Report on sanitation, dispensaries, and jails in Rajputana for 1912, and on vaccination for the year 1912-1913 - 1912-1913
Year: 1912
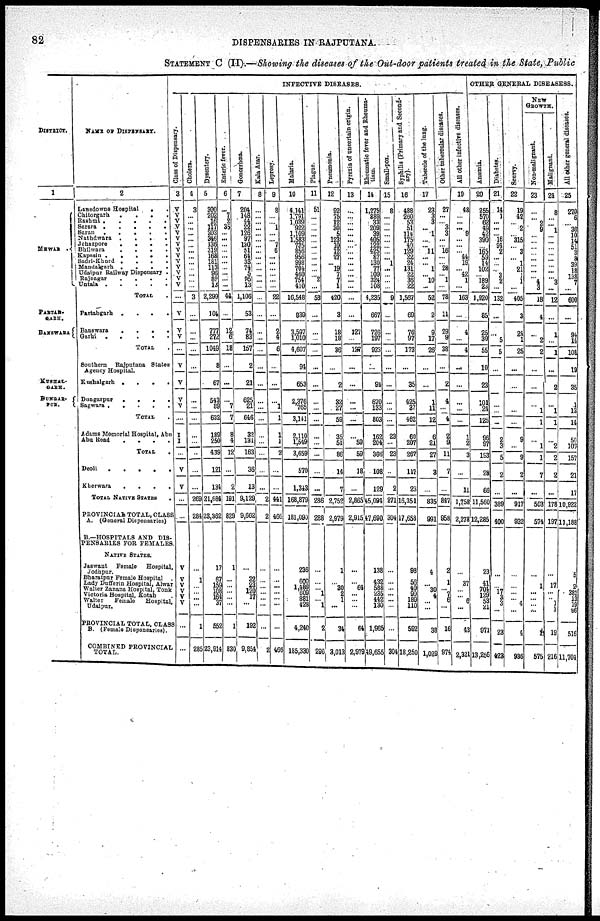
82
DISPENSARIES IN RAJPUTANA.
STATEMENT C (II).—Showing the diseases of the Out-door patients treated in the State, Public
DISTRICT.
1
MEWAR
PARTAB¬
GARH.
BANSWARA
KUSHAL¬
GARH.
DUNGAR¬
PUR.
NAME OF DISPENSARY.
2
Lensdowne Hospital
. .
Chitorgarh. .
.
.
.
Rashmi .
.
.
.
.
Sarara
.
.
.
.
.
Sarau .
.
.
.
.
Nathdwara .
.
.
.
Jehazpore
.
.
.
.
Bhilwara
.
.
.
.
Kapasin .
.
.
.
.
Sadri-Khurd .
.
.
.
Mandalgarh .
.
.
.
Udaipur Railway Dispensary .
Rajnagar
.
.
.
.
Untala
.
.
.
.
.
TOTAL .
Partabgarh .
.
.
.
Banswara
.
.
.
.
Garhi
.
.
.
.
.
TOTAL .
Southern Rajputana States
Agency Hospital.
Kushalgarh .
.
.
.
Dungarpur
.
.
.
.
Sagwara
.
.
.
.
.
TOTAL .
Adams Memorial Hospital, Abu
Abu Road . . . .
TOTAL
.
Deoli
.
.
.
.
.
Kherwara
.
.
.
.
TOTAL NATIVE STATES .
PROVINCIAL TOTAL, CLASS
A. (General Dispensaries)
B.—HOSPITALS AND DIS-
PENSARIES FOR FEMALES.
NATIVE STATES.
Jaswant Famale
Hospital,
Jodhpur.
Bharatpur Female Hospital .
Lady Dufferin Hospital, Alwar
Walter Zanana Hospital, Tonk
Victoria Hospital, Kotah .
Walter
Female
Hospital,
Udaipur.
PROVINCIAL TOTAL, CLASS
B. (Female Dispensaries).
COMBINED PROVINCIAL
TOTAL.
INFECTIVE DISEASES.
Class of Dispensary.
3
V
V
V
V
V
V
V
V
V
V
V
V
V
V
...
V
V
V
...
V
V
V
V
...
I
I
...
V
V
...
...
V
V
V
V
V
V
...
...
Cholera.
4
3
...
...
...
...
...
...
...
...
...
...
...
...
...
3
...
...
...
...
...
...
...
...
...
...
...
...
...
...
269
284
...
1
...
...
...
...
1
285
Dysentery.
5
300
202
16
117
203
346
136
319 168
161 113
96
89
13
2,299
104
777
272
1049
8
67
543
89
632
189
250
439
121
134
21,684
23,362
17
67
159
108
164
37
552
23,914
Enteric fever.
6
...
7
2
35
...
... ...
...
...
...
...
...
...
...
44
...
12 6
18
...
...
...
7
7
8
4
12
...
2
191
829
1
...
...
...
...
...
1
830
Gonorrhœa.
7
204
148
44
22
126
97
130
51
64
33
74
5
95
13
1,106
53
74
83
157
2
21
625
21
646
32
131
163
36
13
9,129
9,662
...
32
23
120
17
...
192
9,854
Kala Azar.
8
...
...
...
...
...
...
...
...
...
...
... ...
...
...
...
...
...
...
...
...
...
...
...
...
...
...
...
...
...
2
2
...
...
...
...
...
...
...
2
Leprosy.
9
8
...
1
...
...
7
6
...
...
...
...
...
...
22
...
2
4
6
...
...
...
1
1
1
1
2
...
...
441
466
...
...
...
...
...
...
...
466
Malaria.
10
4,141
1,791
1,039
922
1,109
1,583
735
856
956
998
704
460
754
410
16,548
839
3,597
1,010
4,607
94
653
2,376
765
3,141
2,110
1,549
3,659
570
1,343
168,879
181,090
236
600
1,486
609
881
428
4,240
185,330
Plague.
11
51
...
...
...
...
...
...
...
...
...
...
...
2
...
53
...
...
...
...
...
...
...
...
...
...
...
...
...
...
286
288
...
...
...
1
...
1
2
290
Pneumonia.
12
92
75
12
30
5
123 10
12
27
...
19
7
7
1
420
3
18
18
36
...
2
32
27
59
35
51
86
14
7
2,752
2,979
1
...
30
2
1
...
34
3,013
Pyrexia of uncertain origin.
13
...
...
...
...
...
...
...
...
...
...
...
...
...
...
...
...
127
...
127
...
...
...
...
...
...
59
59
18
...
2,865
2,915
...
...
64
...
...
64
2,979
Rheumatic fever and Rheuma-
tism.
14
1,275
889
33
209 39
405
122
425
87
130
77
109
324
108
4,235
667
726
197
923
...
94
670
133
803
162
204
366
108
129
45,094
47,690
138
432
588
235
442
130
1,965
49,655
Small-pox.
15
8
...
...
...
...
...
...
...
...
1
...
...
...
...
9
...
...
...
...
...
...
...
...
...
23
...
23
...
2
271
304
...
...
...
...
...
...
...
304
Syphilis (Primary and Second-
ary).
16
488
260
53
51
114
175
40
129
22
24
131
22
36
22
1,567
69
76
97
173
...
35
425
37
462
60
207
287
117
23
16,351
17,658
98
56
40
99
189
110
592
18,250
Tubercle of the lung.
17
23
3
3
... 1
...
... 11
...
... 1
... 10
...
52
2
9
17
26
...
...
1
11
12
6
21
27
3
...
835
891
4
...
30
4
...
...
38
1,029
Other tubercular diseases.
27
...
...
3
3
...
...
16
...
...
28
...
1
...
78
11
29
9
38
...
2
4
...
4
2
9
11
7
...
847
858
2
1
...
7
6
...
16
974
All other infective diseases.
19
48
...
...
... 9
...
...
...
44
19
...
42
1
...
163
...
4
...
4
...
...
...
...
...
1
2
3
...
11
1,758
2,278
...
37
...
... 6
...
43
2,321
OTHER GENERAL DISEASESS.
Anæmia.
20
255
570
62
49
42
390
...
165
59
14
102
...
189
23
1,920
85
25
30
55
10
23
101
24
125
96
97
193
28
66
11,560
12,265
23
41
704
129
53
21
971
13,256
Diabetes.
21
14
1
...
...
...
16
94 2
...
...
...
3 2
...
132
...
...
5
5
...
...
...
...
2
3
5
2
...
389
400
...
...
17
3
3
...
23
423
Scurry.
22
19
42
... 2
... 315
... 3
... 1
21
1
1
...
405
3
24
1
25
...
...
...
...
...
9
...
9
2
...
917
932
...
...
...
...
4
...
4
936
NEW
GROWTH.
Non-malignant.
23
...
... 2
9
...
...
...
...
...
...
...
...
4
3
18
4
...
2
2
...
...
...
1
1
...
1
1
7
...
503
574
...
1
...
...
...
...
1
575
Malignant.
24
8
...
...
1
...
...
...
...
...
...
...
...
1
...
12
...
1
...
1
...
2
...
1
1
...
2
2
2
...
178
197
...
17
...
...
1
1
19
216
All other general diseases.
25
270
6
...
36
10
14
51
3
8
39
18
138
7
...
600
...
94
14
108
19
35
1
13
14
50
107
157
21
17
10,922
11,188
5
2
381
13
19
96
516
11,704